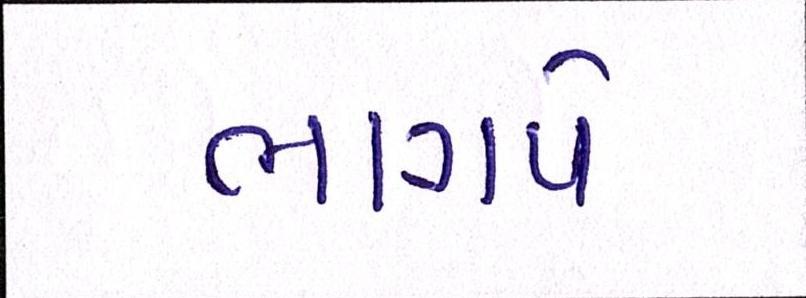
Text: ભાગપે